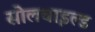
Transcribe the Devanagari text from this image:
सोलचाइल्ड